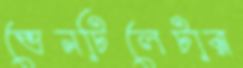
ভেনটিলেটার